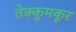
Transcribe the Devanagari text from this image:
तेक्कुमकूर